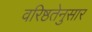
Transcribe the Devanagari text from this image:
वरिष्ठतेनुसार